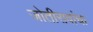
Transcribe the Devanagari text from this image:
जोतीरावांचा